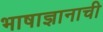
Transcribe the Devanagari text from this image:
भाषाज्ञानाची